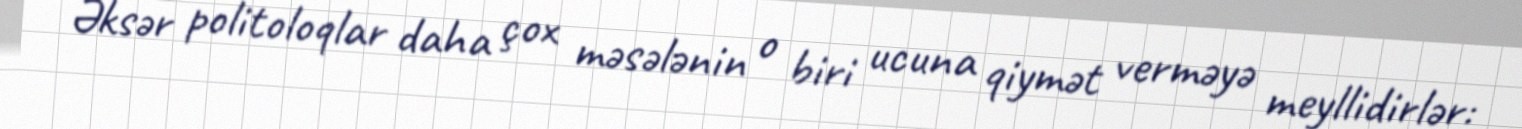
Əksər politoloqlar daha çox məsələnin o biri ucuna qiymət verməyə meyllidirlər: